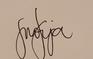
Signature authenticity: genuine